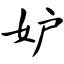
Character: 妒